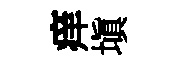
痒塡